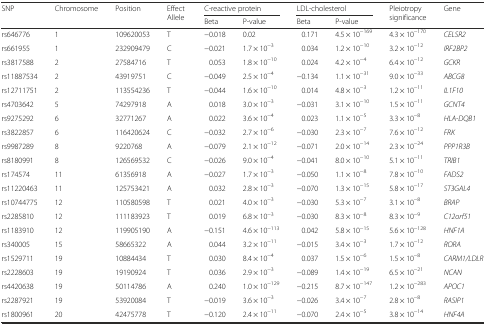
<table><thead><tr><td rowspan="2"><b>SNP</b></td><td rowspan="2"><b>Chromosome</b></td><td rowspan="2"><b>Position</b></td><td rowspan="2"><b>Effect Allele</b></td><td colspan="2"><b>C-reactive protein</b></td><td colspan="2"><b>LDL-cholesterol</b></td><td rowspan="2"><b>Pleiotropy significance</b></td><td rowspan="2"><b>Gene</b></td></tr><tr><td><b>Beta</b></td><td><b>P-value</b></td><td><b>Beta</b></td><td><b>P-value</b></td></tr></thead><tbody><tr><td>rs646776</td><td>1</td><td>109620053</td><td>T</td><td>−0.018</td><td>0.02</td><td>0.171</td><td>4.5 × 10<sup>−169</sup></td><td>4.3 × 10<sup>−170</sup></td><td><i>CELSR2</i></td></tr><tr><td>rs661955</td><td>1</td><td>232909479</td><td>C</td><td>−0.021</td><td>1.7 × 10<sup>−3</sup></td><td>0.034</td><td>1.2 × 10<sup>−10</sup></td><td>3.2 × 10<sup>−12</sup></td><td><i>IRF2BP2</i></td></tr><tr><td>rs3817588</td><td>2</td><td>27584716</td><td>T</td><td>0.053</td><td>1.8 × 10<sup>−10</sup></td><td>0.024</td><td>4.2 × 10<sup>−4</sup></td><td>6.4 × 10<sup>−12</sup></td><td><i>GCKR</i></td></tr><tr><td>rs11887534</td><td>2</td><td>43919751</td><td>C</td><td>−0.049</td><td>2.5 × 10<sup>−4</sup></td><td>−0.134</td><td>1.1 × 10<sup>−31</sup></td><td>9.0 × 10<sup>−33</sup></td><td><i>ABCG8</i></td></tr><tr><td>rs12711751</td><td>2</td><td>113554236</td><td>T</td><td>−0.044</td><td>1.6 × 10<sup>−10</sup></td><td>0.014</td><td>4.8 × 10<sup>−3</sup></td><td>1.2 × 10<sup>−11</sup></td><td><i>IL1F10</i></td></tr><tr><td>rs4703642</td><td>5</td><td>74297918</td><td>A</td><td>0.018</td><td>3.0 × 10<sup>−3</sup></td><td>−0.031</td><td>3.1 × 10<sup>−10</sup></td><td>1.5 × 10<sup>−11</sup></td><td><i>GCNT4</i></td></tr><tr><td>rs9275292</td><td>6</td><td>32771267</td><td>A</td><td>0.022</td><td>3.6 × 10<sup>−4</sup></td><td>0.023</td><td>1.1 × 10<sup>−5</sup></td><td>3.3 × 10<sup>−8</sup></td><td><i>HLA-DQB1</i></td></tr><tr><td>rs3822857</td><td>6</td><td>116420624</td><td>C</td><td>−0.032</td><td>2.7 × 10<sup>−6</sup></td><td>−0.030</td><td>2.3 × 10<sup>−7</sup></td><td>7.6 × 10<sup>−12</sup></td><td><i>FRK</i></td></tr><tr><td>rs9987289</td><td>8</td><td>9220768</td><td>A</td><td>−0.079</td><td>2.1 × 10<sup>−12</sup></td><td>−0.071</td><td>2.0 × 10<sup>−14</sup></td><td>2.3 × 10<sup>−24</sup></td><td><i>PPP1R3B</i></td></tr><tr><td>rs8180991</td><td>8</td><td>126569532</td><td>C</td><td>−0.026</td><td>9.0 × 10<sup>−4</sup></td><td>−0.041</td><td>8.0 × 10<sup>−10</sup></td><td>5.1 × 10<sup>−11</sup></td><td><i>TRIB1</i></td></tr><tr><td>rs174574</td><td>11</td><td>61356918</td><td>A</td><td>−0.027</td><td>1.7 × 10<sup>−3</sup></td><td>−0.050</td><td>1.1 × 10<sup>−8</sup></td><td>7.8 × 10<sup>−10</sup></td><td><i>FADS2</i></td></tr><tr><td>rs11220463</td><td>11</td><td>125753421</td><td>A</td><td>0.032</td><td>2.8 × 10<sup>−3</sup></td><td>−0.070</td><td>1.3 × 10<sup>−15</sup></td><td>5.8 × 10<sup>−17</sup></td><td><i>ST3GAL4</i></td></tr><tr><td>rs10744775</td><td>12</td><td>110580598</td><td>T</td><td>0.021</td><td>4.0 × 10<sup>−3</sup></td><td>−0.030</td><td>5.3 × 10<sup>−7</sup></td><td>3.1 × 10<sup>−8</sup></td><td><i>BRAP</i></td></tr><tr><td>rs2285810</td><td>12</td><td>111183923</td><td>T</td><td>0.019</td><td>6.8 × 10<sup>−3</sup></td><td>−0.030</td><td>8.3 × 10<sup>−8</sup></td><td>8.3 × 10<sup>−9</sup></td><td><i>C12orf51</i></td></tr><tr><td>rs1183910</td><td>12</td><td>119905190</td><td>A</td><td>−0.151</td><td>4.6 × 10<sup>−113</sup></td><td>0.042</td><td>5.8 × 10<sup>−15</sup></td><td>5.6 × 10<sup>−128</sup></td><td><i>HNF1A</i></td></tr><tr><td>rs340005</td><td>15</td><td>58665322</td><td>A</td><td>0.044</td><td>3.2 × 10<sup>−11</sup></td><td>−0.015</td><td>3.4 × 10<sup>−3</sup></td><td>1.7 × 10<sup>−12</sup></td><td><i>RORA</i></td></tr><tr><td>rs1529711</td><td>19</td><td>10884434</td><td>T</td><td>0.030</td><td>8.4 × 10<sup>−4</sup></td><td>0.037</td><td>1.5 × 10<sup>−6</sup></td><td>1.5 × 10<sup>−8</sup></td><td><i>CARM1/LDLR</i></td></tr><tr><td>rs2228603</td><td>19</td><td>19190924</td><td>T</td><td>0.036</td><td>2.9 × 10<sup>−3</sup></td><td>−0.089</td><td>1.4 × 10<sup>−19</sup></td><td>6.5 × 10<sup>−21</sup></td><td><i>NCAN</i></td></tr><tr><td>rs4420638</td><td>19</td><td>50114786</td><td>A</td><td>0.240</td><td>1.0 × 10<sup>−129</sup></td><td>−0.215</td><td>8.7 × 10<sup>−147</sup></td><td>1.2 × 10<sup>−283</sup></td><td><i>APOC1</i></td></tr><tr><td>rs2287921</td><td>19</td><td>53920084</td><td>T</td><td>−0.019</td><td>3.6 × 10<sup>−3</sup></td><td>−0.026</td><td>3.4 × 10<sup>−7</sup></td><td>2.8 × 10<sup>−8</sup></td><td><i>RASIP1</i></td></tr><tr><td>rs1800961</td><td>20</td><td>42475778</td><td>T</td><td>−0.120</td><td>2.4 × 10<sup>−11</sup></td><td>−0.070</td><td>2.4 × 10<sup>−5</sup></td><td>3.8 × 10<sup>−14</sup></td><td><i>HNF4A</i></td></tr></tbody></table>